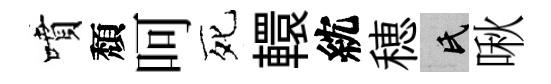
噴頽呵死轘紞穂氏啾